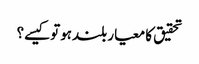
تحقیق کا معیار بلندہوتوکیسے؟